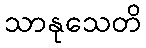
သာနုသေတိ